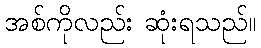
အစ်ကိုလည်း ဆုံးရသည်။